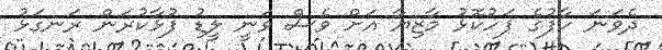
ދެވަނަ ހާފުގެ ފަހުކޮޅު މާޒިޔާ އަށް ވެސް ވަނީ ލީޑު ފުޅާކުރަން ރަނގަޅު